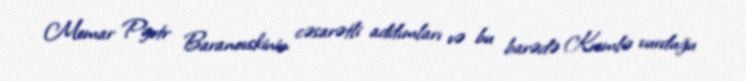
Memar Pyotr Baranovskinin cəsarətli addımları və bu barədə Kremlə vurduğu